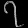
Digit: ၇